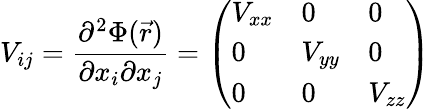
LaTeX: V_{ij}={\frac{\partial^{2}\Phi({\vec{r}})}{\partial x_{i}\partial x_{j}}}={\left(\begin{array}{lll}{V_{xx}}&{0}&{0}\\ {0}&{V_{yy}}&{0}\\ {0}&{0}&{V_{zz}}\end{array}\right)}